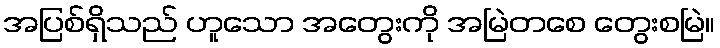
အပြစ်ရှိသည် ဟူသော အတွေးကို အမြဲတစေ တွေးစမြဲ။